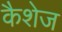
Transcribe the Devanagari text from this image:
कैशेज